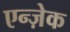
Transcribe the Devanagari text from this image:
एन्ज़ेक